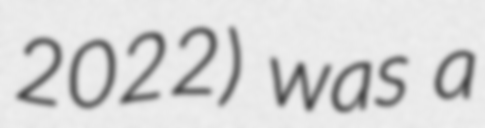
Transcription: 2022) was a